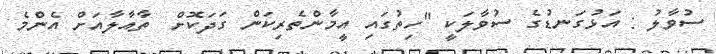
ސުވާލު : އަޅުގަނޑުގެ ސުވާލަކީ "ހިތުގައި އީމާންތެރިކަން ގަދަކޮށް  ތާއާލާއަށް އެންމެ